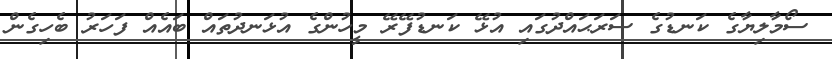
ސޯމާލިޔާގެ ކަނޑުގެ ސަރަޙައްދުގައި އުޅޭ ކަނޑުފޭރޭ މީހުންގެ އުޅަނދުތައް ބައެއް ފަހަރު ބެހިގެން